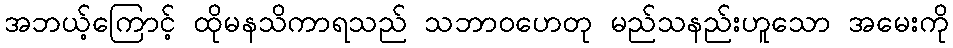
အဘယ့်ကြောင့် ထိုမနသိကာရသည် သဘာဝဟေတု မည်သနည်းဟူသော အမေးကို